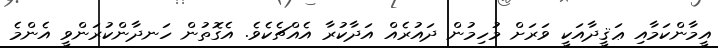
އީމާންކަމާއި ޢަޤީދާއަކީ ވަރަށް މުހިމުން ދައުރެއް އަދާކުރާ އެއްޗެކެވެ. އެގޮތުން ހަނދާންކުރަންވީ އެންމެ